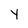
Character: y